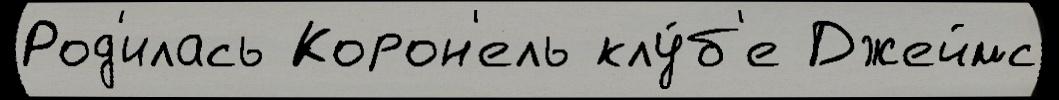
Род'илась Корон'ель клу́б'е Джеймс